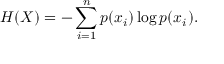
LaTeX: H ( X ) = - \sum _ { i = 1 } ^ { n } p ( x _ { i } ) \log p ( x _ { i } ) .